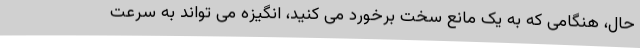
حال، هنگامی که به یک مانع سخت برخورد می کنید، انگیزه می تواند به سرعت